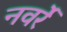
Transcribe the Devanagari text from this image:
नवर्रे